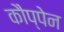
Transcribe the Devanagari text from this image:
कौप्पेन